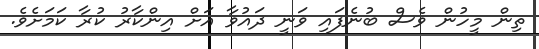
ތިން މީހުން ވެސް ބުނެފައި ވަނީ ދައުވާ އަށް އިންކާރު ކުރާ ކަމަށެވެ.